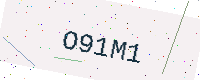
Text: O91M1